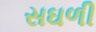
સઘળી